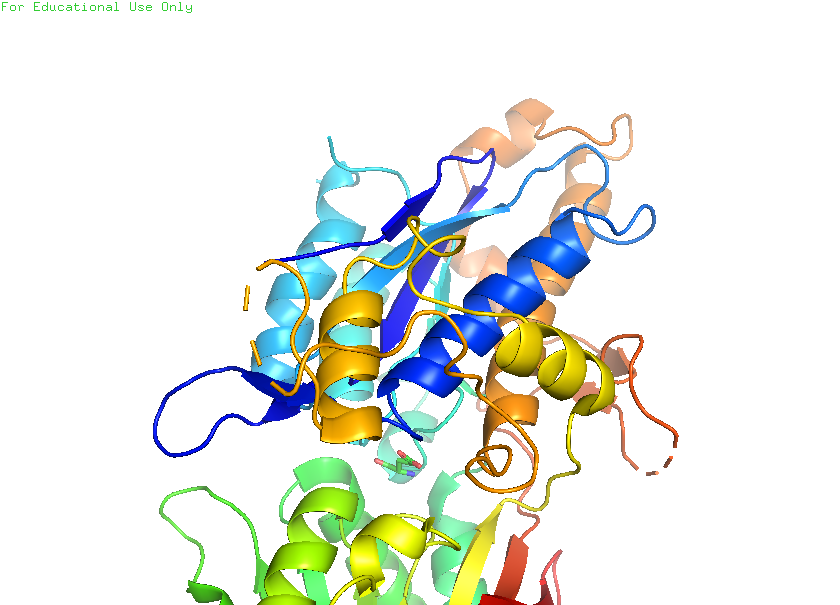
pymol, preset, pretty